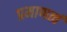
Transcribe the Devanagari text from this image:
प्रमाणत्वं